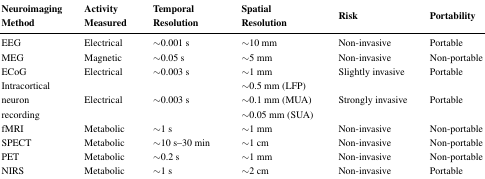
<table><thead><tr><td><b>Neuroimaging Method</b></td><td><b>Activity Measured</b></td><td><b>Temporal Resolution</b></td><td><b>Spatial Resolution</b></td><td><b>Risk</b></td><td><b>Portability</b></td></tr></thead><tbody><tr><td>EEG</td><td>Electrical</td><td>∼0.001 s</td><td>∼ 10 mm</td><td>Non-invasive</td><td>Portable</td></tr><tr><td>MEG</td><td>Magnetic</td><td>∼0.05 s</td><td>∼ 5 mm</td><td>Non-invasive</td><td>Non-portable</td></tr><tr><td>ECoG</td><td>Electrical</td><td>∼0.003 s</td><td>∼ 1 mm</td><td>Slightly invasive</td><td>Portable</td></tr><tr><td rowspan="3">Intracortical neuron recording</td><td rowspan="3">Electrical</td><td rowspan="3">∼0.003 s</td><td>∼0.5 mm (LFP)</td><td rowspan="3">Strongly invasive</td><td rowspan="3">Portable</td></tr><tr><td>∼0.1 mm (MUA)</td></tr><tr><td>∼0.05 mm (SUA)</td></tr><tr><td>fMRI</td><td>Metabolic</td><td>∼1 s</td><td>∼ 1 mm</td><td>Non-invasive</td><td>Non-portable</td></tr><tr><td>SPECT</td><td>Metabolic</td><td>∼10 s–30 min</td><td>∼ 1 cm</td><td>Non-invasive</td><td>Non-portable</td></tr><tr><td>PET</td><td>Metabolic</td><td>∼0.2 s</td><td>∼ 1 mm</td><td>Non-invasive</td><td>Non-portable</td></tr><tr><td>NIRS</td><td>Metabolic</td><td>∼1 s</td><td>∼2 cm</td><td>Non-invasive</td><td>Portable</td></tr></tbody></table>